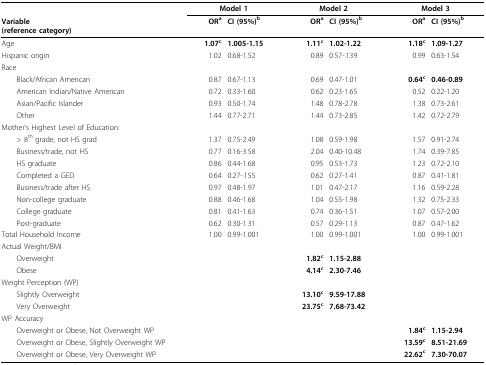
<table><thead><tr><td></td><td colspan="2"><b>Model 1</b></td><td colspan="2"><b>Model 2</b></td><td colspan="2"><b>Model 3</b></td></tr><tr><td><b>Variable(reference category)</b></td><td><b>OR<sup>a </sup></b></td><td><b>CI (95%)<sup>b</sup></b></td><td><b>OR<sup>a </sup></b></td><td><b>CI (95%)<sup>b</sup></b></td><td><b>OR<sup>a </sup></b></td><td><b>CI (95%)<sup>b</sup></b></td></tr></thead><tbody><tr><td>Age</td><td><b>1.07<sup>c</sup></b></td><td><b>1.005-1.15</b></td><td><b>1.11<sup>c</sup></b></td><td><b>1.02-1.22</b></td><td><b>1.18<sup>c</sup></b></td><td><b>1.09-1.27</b></td></tr><tr><td>Hispanic origin</td><td>1.02</td><td>0.68-1.52</td><td>0.89</td><td>0.57-.139</td><td>0.99</td><td>0.63-1.54</td></tr><tr><td>Race</td><td></td><td></td><td></td><td></td><td></td><td></td></tr><tr><td> Black/African American</td><td>0.87</td><td>0.67-1.13</td><td>0.69</td><td>0.47-1.01</td><td><b>0.64<sup>c</sup></b></td><td><b>0.46-0.89</b></td></tr><tr><td> American Indian/Native American</td><td>0.72</td><td>0.33-1.60</td><td>0.62</td><td>0.23-1.65</td><td>0.52</td><td>0.22-1.20</td></tr><tr><td> Asian/Pacific Islander</td><td>0.93</td><td>0.50-1.74</td><td>1.48</td><td>0.78-2.78</td><td>1.38</td><td>0.73-2.61</td></tr><tr><td> Other</td><td>1.44</td><td>0.77-2.71</td><td>1.44</td><td>0.73-2.85</td><td>1.42</td><td>0.72-2.79</td></tr><tr><td>Mother&#x27;s Highest Level of Education</td><td></td><td></td><td></td><td></td><td></td><td></td></tr><tr><td> &gt; 8<sup>th </sup>grade, not HS grad</td><td>1.37</td><td>0.75-2.49</td><td>1.08</td><td>0.59-1.98</td><td>1.57</td><td>0.91-2.74</td></tr><tr><td> Business/trade, not HS</td><td>0.77</td><td>0.16-3.58</td><td>2.04</td><td>0.40-10.48</td><td>1.74</td><td>0.39-7.85</td></tr><tr><td> HS graduate</td><td>0.86</td><td>0.44-1.68</td><td>0.95</td><td>0.53-1.73</td><td>1.23</td><td>0.72-2.10</td></tr><tr><td> Completed a GED</td><td>0.64</td><td>0.27-.155</td><td>0.62</td><td>0.27-1.41</td><td>0.87</td><td>0.41-1.81</td></tr><tr><td> Business/trade after HS</td><td>0.97</td><td>0.48-1.97</td><td>1.01</td><td>0.47-2.17</td><td>1.16</td><td>0.59-2.28</td></tr><tr><td> Non-college graduate</td><td>0.88</td><td>0.46-1.68</td><td>1.04</td><td>0.55-1.98</td><td>1.32</td><td>0.75-2.33</td></tr><tr><td> College graduate</td><td>0.81</td><td>0.41-1.63</td><td>0.74</td><td>0.36-1.51</td><td>1.07</td><td>0.57-2.00</td></tr><tr><td> Post-graduate</td><td>0.62</td><td>0.30-1.31</td><td>0.57</td><td>0.29-1.13</td><td>0.87</td><td>0.47-1.62</td></tr><tr><td>Total Household Income</td><td>1.00</td><td>0.99-1.001</td><td>1.00</td><td>0.99-1.001</td><td>1.00</td><td>0.99-1.001</td></tr><tr><td>Actual Weight/BMI</td><td></td><td></td><td></td><td></td><td></td><td></td></tr><tr><td> Overweight</td><td></td><td></td><td><b>1.82<sup>c</sup></b></td><td><b>1.15-2.88</b></td><td></td><td></td></tr><tr><td> Obese</td><td></td><td></td><td><b>4.14<sup>c</sup></b></td><td><b>2.30-7.46</b></td><td></td><td></td></tr><tr><td>Weight Perception (WP)</td><td></td><td></td><td></td><td></td><td></td><td></td></tr><tr><td> Slightly Overweight</td><td></td><td></td><td><b>13.10<sup>c</sup></b></td><td><b>9.59-17.88</b></td><td></td><td></td></tr><tr><td> Very Overweight</td><td></td><td></td><td><b>23.75<sup>c</sup></b></td><td><b>7.68-73.42</b></td><td></td><td></td></tr><tr><td>WP Accuracy</td><td></td><td></td><td></td><td></td><td></td><td></td></tr><tr><td> Overweight or Obese, Not Overweight WP</td><td></td><td></td><td></td><td></td><td><b>1.84<sup>c</sup></b></td><td><b>1.15-2.94</b></td></tr><tr><td> Overweight or Obese, Slightly Overweight WP</td><td></td><td></td><td></td><td></td><td><b>13.59<sup>c</sup></b></td><td><b>8.51-21.69</b></td></tr><tr><td> Overweight or Obese, Very Overweight WP</td><td></td><td></td><td></td><td></td><td><b>22.62<sup>c</sup></b></td><td><b>7.30-70.07</b></td></tr></tbody></table>